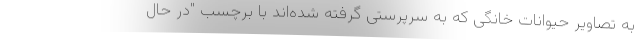
به تصاویر حیوانات خانگی که به سرپرستی گرفته شده‌اند با برچسب "در حال